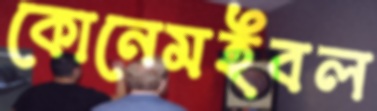
কোনেমইবল